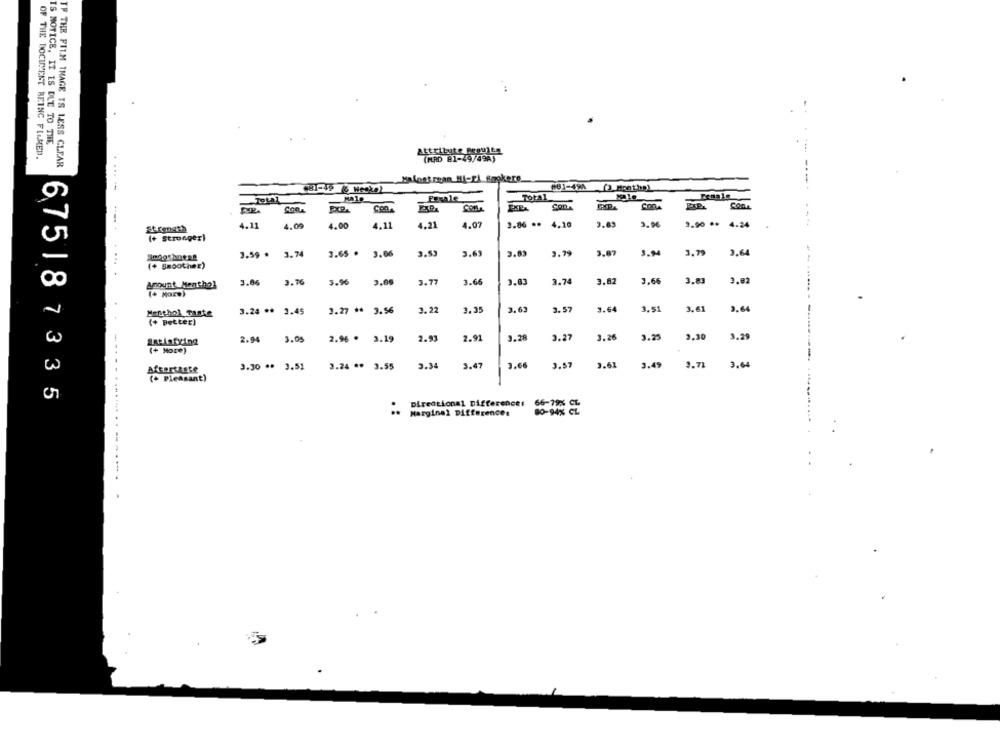
IS NOTICE, IT IS DUE TO THE
attribute Benujte
OF THE DOCUMENT BEING FLLMED.
(MAD 81-49/49A)
IF THE FILM THAGE TS LESS CLEAR
Malost ran Bi-El Brokere.
CHI-49 6 Heskal
--- --- -
Eegale
Total
Total
PxP.
SODA
ConLA
COOL
4.11
4.00
4.00
4.11
4.21
4.07
3.86 ** 4,10
3.96
3.90 .. 4.24
strength
(+ Stronger)
3.59 .
3.74
3.65 .
3.06
3.69
3.8
3.87
3.94
3.79
3.64
(+ Smoother)
Amount Menthol
3.86
3.76
3.96
3.89
3.77
3.6
3.83
3.74
3.82
3.66
3.83
3.02
(+ More)
3.57
3.64
3.51
3.61
2.64
Menthol Taste
3.24 ** 3.45
3.27 **
3.56
3.22
3.3
--
(+ Better)
2.94
2.96 . 3.19
2.93
2.91
3.28
2.27
3.26
3.25
3.30
3.29
SARlatring
3.05
(+ More)
3.30 ** 3.51
3.24 ** 3.55
3.34
3.47
3.66
3.57
3.61
3.49
9.71
3.64
Afcortaste
(+ Pleasant)
675187335
Directional Differences
66-79% CL
Marginal Differences
80-94% CL